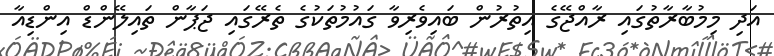
އަދި މިމުބާރާތުގައި ރާއްޖޭގެ އިތުރުން ބައިވެރިވާ ގައުމުތަކުގެ ތެރޭގައި ޖަޕާން ތައިލޭންޑް އިންޑިއާ